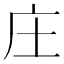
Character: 庄